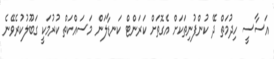
އަސާސީ ހިދުމަތް ދޭ ކުންފުނިތަކަށް އެގޮތަށް ކަރަންޓް ކަނޑާލަން މަސައްކަތް ކުރުމަކީ ގަބޫލުކުރެވޭނެ